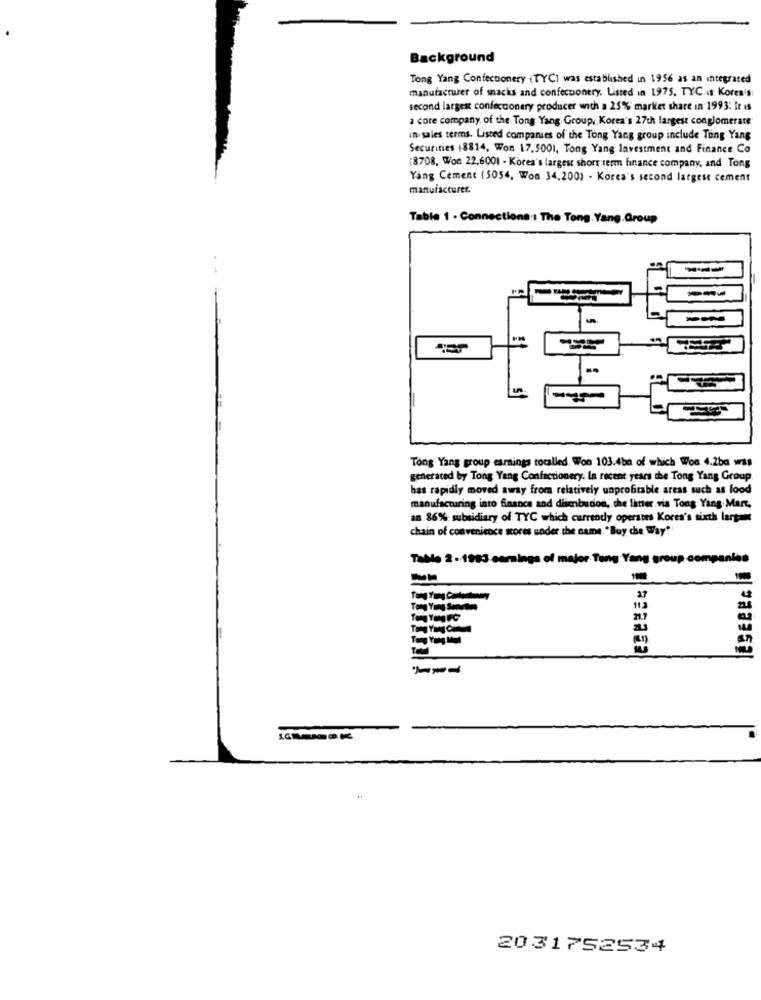
Background
Tong Yang Confectionery (TYC) was established in 1956 as an integrated
manufacturer of snacks and confectionery. Listed in 1975, TYC. is Koren's
second largest confecconery producer with a 25% market share in 1993: It is
a core company of the Tong Yang Group, Korea's 27th largest conglomerate
in sales terms. Listed companies of the Tong Yang group include Tong Yang
Securities (8814, Won 17.5001, Tong Yang Investment and Finance Co
(8708, Won 22,6001 - Korea's largest short term finance company, and Tong
Yang Cement (5054, Won 34,2001 - Korea's second largest cement
manufacturer.
Table 1 - Connections: The Tong. Yang.Group
Tong Yang group earnings tocalled Won 103.4bn of which Won 4.2ba wss
generated by Tong Yang Confectionery. In recent years the Tong Yang Group
has rapidly moved away from relatively unprofitable areas such as food
manufacturing into finance and disenbution, che litter. via Tong Yang Mart,
an 86% subsidiary of TYC which currendy operates Korea's sixth lartons
chain of convenience stores under the name. "Buy che Way""
Table 2-1983 camings of major Tong Yang group companies
LESERECİ
4
Tong Yong Sonetos
21.7
2031752534